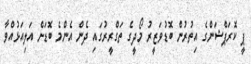
ޕީ ކޮރަޕްޝަންގެ އިތުރުން ބޮޑުވަޒީރު މޯދީގެ ތަގްރީރުގައި ދެން އެންމެ ބޮޑަށް އަލިއަޅުއްވާ